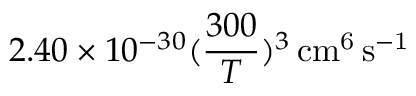
2 . 4 0 \times 1 0 ^ { - 3 0 } ( \frac { 3 0 0 } { T } ) ^ { 3 } \, \mathrm { c m ^ { 6 } \, s ^ { - 1 } }